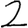
Digit: 2